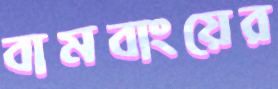
বামবাংয়ের